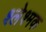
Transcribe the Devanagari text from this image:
श्लेश्मक